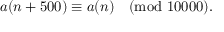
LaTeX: a ( n + 5 0 0 ) \equiv a ( n ) { \pmod { 1 0 0 0 0 } } .